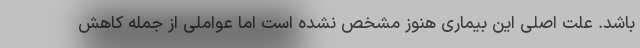
باشد. علت اصلی این بیماری هنوز مشخص نشده است اما عواملی از جمله کاهش